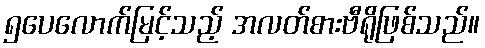
၅ပေလောက်မြင့်သည့် အလတ်စားဗီရိုဖြစ်သည်။